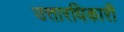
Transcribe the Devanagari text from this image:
उत्तारधिकारी